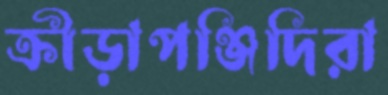
ক্রীড়াপঞ্জিদিরা